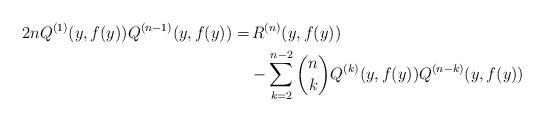
LaTeX: \begin{align*} 2nQ^{(1)}(y,f(y))Q^{(n-1)}(y,f(y)) =& \,R^{(n)}(y,f(y))\\ &- \sum_{k=2}^{n-2}\binom{n}{k}Q^{(k)}(y,f(y))Q^{(n-k)}(y,f(y)) \end{align*}